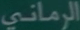
الرماني